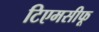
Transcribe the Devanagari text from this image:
टिएमसीफू